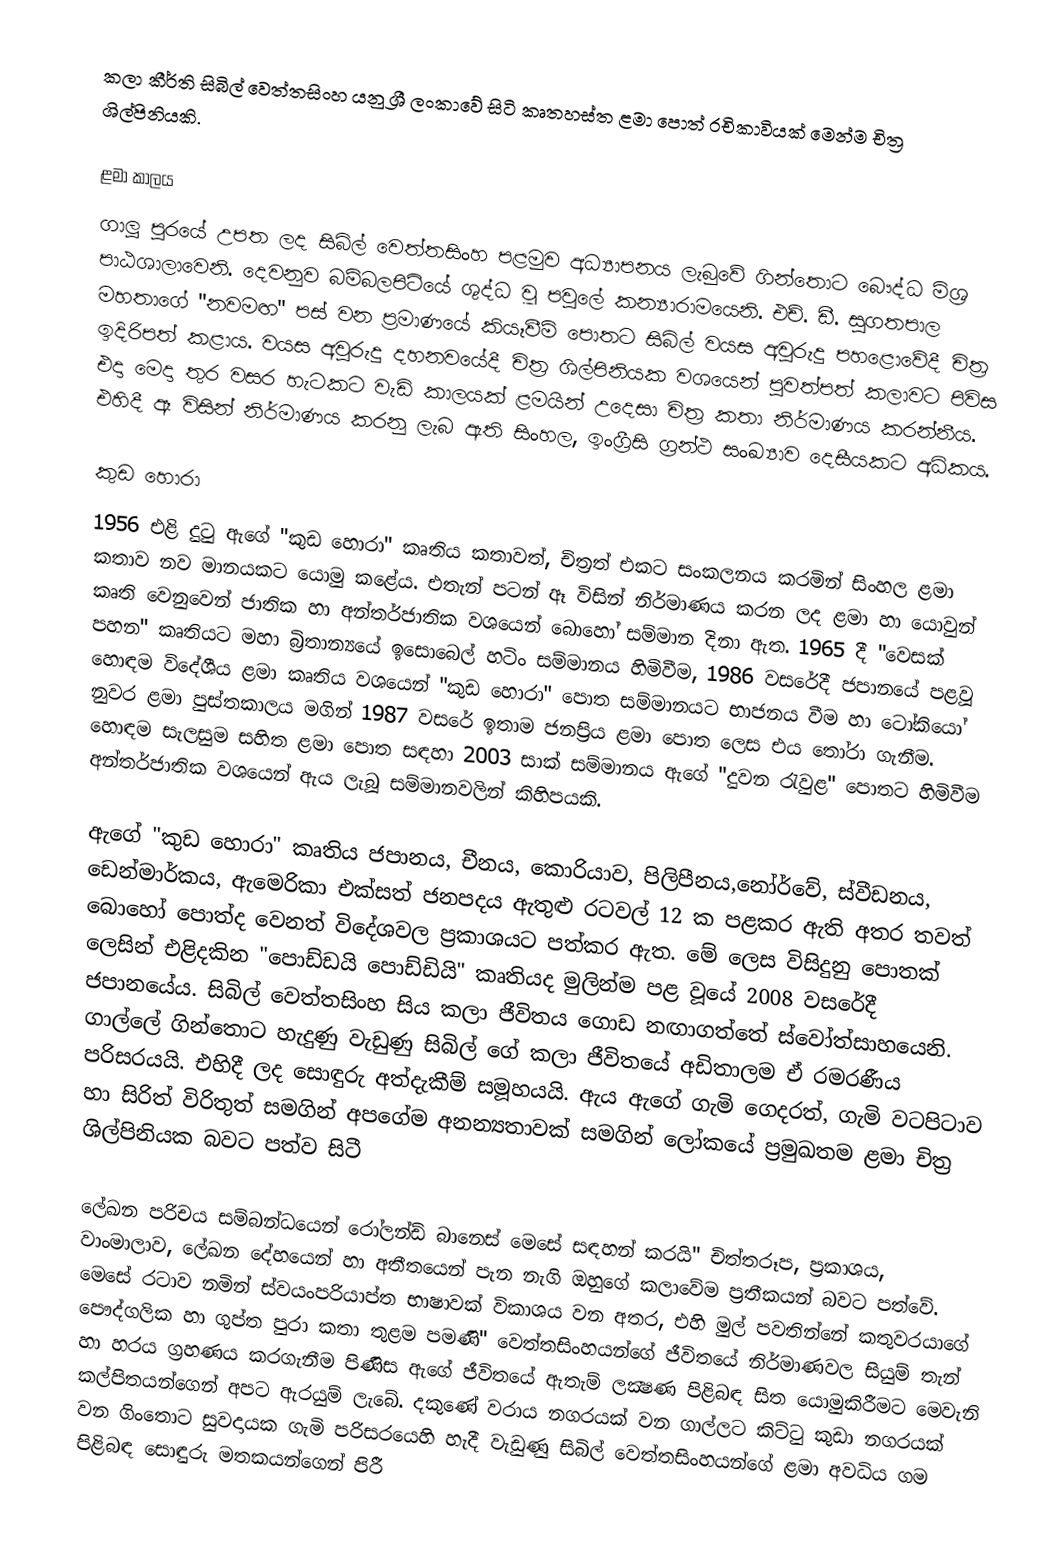
කලා කීර්ති සිබිල් වෙත්තසිංහ යනු ශ්‍රී ලංකාවේ සිටි කෘතහස්ත ළමා පොත් රචිකාවියක් මෙන්ම චිත්‍ර ශිල්පිනියකි.

ළමා කාලය
ගාලූ පුරයේ උපත ලද සිබිල් වෙත්තසිංහ පළමුව අධ්‍යාපනය ලැබුවේ ගින්තොට බෞද්ධ මිශ්‍ර පාඨශාලාවෙනි. දෙවනුව බම්බලපිටියේ ශුද්ධ වූ පවුලේ කන්‍යාරාමයෙනි. එච්. ඩී. සුගතපාල මහතාගේ "නවමඟ" පස්‌ වන ප්‍රමාණයේ කියෑවීම් පොතට සිබිල් වයස අවුරුදු පහළොවේදී චිත්‍ර ඉදිරිපත් කළාය. වයස අවුරුදු දහනවයේදී චිත්‍ර ශිල්පිනියක වශයෙන් පුවත්පත් කලාවට පිවිස එදා මෙදා තුර වසර හැටකට වැඩි කාලයක්‌ ළමයින් උදෙසා චිත්‍ර කතා නිර්මාණය කරන්නීය. එහිදී ඈ විසින් නිර්මාණය කරනු ලැබ ඇති සිංහල, ඉංග්‍රීසි ග්‍රන්ථ සංඛ්‍යාව දෙසීයකට අධිකය.

කුඩ හොරා
1956 එළි දුටු ඇගේ "කුඩ හොරා" කෘතිය කතාවත්, චිත්‍රත් එකට සංකලනය කරමින් සිංහල ළමා කතාව නව මානයකට යොමු කළේය. එතැන් පටන් ඈ විසින් නිර්මාණය කරන ලද ළමා හා යොවුන් කෘති වෙනුවෙන් ජාතික හා අන්තර්ජාතික වශයෙන් බොහෝ සම්මාන දිනා ඇත. 1965 දී "වෙසක්‌ පහන" කෘතියට මහා බ්‍රිතාන්‍යයේ ඉසොබෙල් හටිං සම්මානය හිමිවීම, 1986 වසරේදී ජපානයේ පළවූ හොඳම විදේශීය ළමා කෘතිය වශයෙන් "කුඩ හොරා" පොත සම්මානයට භාජනය වීම හා ටෝකියෝ නුවර ළමා පුස්‌තකාලය මගින් 1987 වසරේ ඉතාම ජනප්‍රිය ළමා පොත ලෙස එය තෝරා ගැනීම. හොඳම සැලසුම සහිත ළමා පොත සඳහා 2003 සාක්‌ සම්මානය ඇගේ "දුවන රැවුළ" පොතට හිමිවීම අන්තර්ජාතික වශයෙන් ඇය ලැබූ සම්මානවලින් කිහිපයකි.

ඇගේ "කුඩ හොරා" කෘතිය ජපානය, චීනය, කොරියාව, පිලිපීනය,නෝර්වේ, ස්‌වීඩනය, ඩෙන්මාර්කය, ඇමෙරිකා එක්‌සත් ජනපදය ඇතුළු රටවල් 12 ක පළකර ඇති අතර තවත් බොහෝ පොත්ද වෙනත් විදේශවල ප්‍රකාශයට පත්කර ඇත. මේ ලෙස විසිදුනු පොතක්‌ ලෙසින් එළිදකින "පොඩ්ඩයි පොඩ්ඩියි" කෘතියද මුලින්ම පළ වූයේ 2008 වසරේදී ජපානයේය. සිබිල් වෙත්තසිංහ සිය කලා ජීවිතය ගොඩ නඟාගත්තේ ස්‌වෝත්සාහයෙනි. ගාල්ලේ ගින්තොට හැදුණු වැඩුණු සිබිල් ගේ කලා ජීවිතයේ අඩිතාලම ඒ රමරණීය පරිසරයයි. එහිදී ලද සොඳුරු අත්දැකීම් සමූහයයි. ඇය ඇගේ ගැමි ගෙදරත්, ගැමි වටපිටාව හා සිරිත් විරිතුත් සමගින් අපගේම අනන්‍යතාවක්‌ සමගින් ලෝකයේ ප්‍රමුඛතම ළමා චිත්‍ර ශිල්පිනියක බවට පත්ව සිටී

ලේඛන පරිචය සම්බන්ධයෙන් රෝලන්ඩ් බානෙස්‌ මෙසේ සඳහන් කරයි" චිත්තරූප, ප්‍රකාශය, වාංමාලාව, ලේඛන දේහයෙන් හා අතීතයෙන් පැන නැගි ඔහුගේ කලාවේම ප්‍රතීකයන් බවට පත්වේ. මෙසේ රටාව නමින් ස්‌වයංපරියාප්ත භාෂාවක්‌ විකාශය වන අතර, එහි මුල් පවතින්නේ කතුවරයාගේ පෞද්ගලික හා ගුප්ත පුරා කතා තුළම පමණි" වෙත්තසිංහයන්ගේ ජීවිතයේ නිර්මාණවල සියුම් තැන් හා හරය ග්‍රහණය කරගැනීම පිණිස ඇගේ ජීවිතයේ ඇතැම් ලක්‍ෂණ පිළිබඳ සිත යොමුකිරීමට මෙවැනි කල්පිතයන්ගෙන් අපට ඇරයුම් ලැබේ. දකුණේ වරාය නගරයක්‌ වන ගාල්ලට කිට්‌ටු කුඩා නගරයක්‌ වන ගිංතොට සුවදායක ගැමි පරිසරයෙහි හැදී වැඩුණු සිබිල් වෙත්තසිංහයන්ගේ ළමා අවධිය ගම පිළිබඳ සොඳුරු මතකයන්ගෙන් පිරී